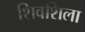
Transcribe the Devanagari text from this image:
शिवशिला